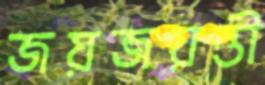
জয়জয়ন্তী